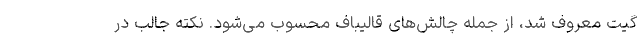
گیت معروف شد، از جمله چالش‌های قالیباف محسوب می‌شود. نكته جالب در